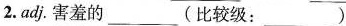
2.adj.害羞的 ___ (比较级：___ )